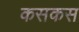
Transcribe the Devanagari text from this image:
कसकस